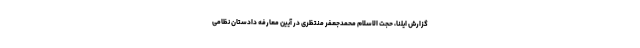
گزارش ایلنا، حجت الاسلام محمدجعفر منتظری در آیین معارفه دادستان نظامی